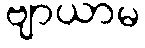
ဗျာယာမ